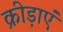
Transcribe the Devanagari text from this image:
क्रीड़ाएं